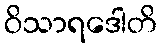
ဝိသာရဒေါတိ